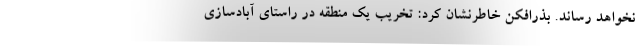
نخواهد رساند. بذرافکن خاطرنشان کرد: تخریب یک منطقه در راستای آبادسازی